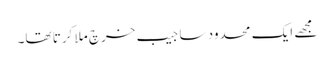
مجھے ایک محدود سا جیب خرچ ملا کرتا تھا۔